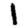
Digit: 1